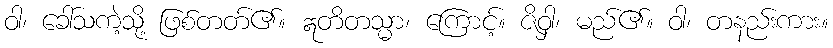
ဝါ၊ ခေါ်သကဲ့သို့ ဖြစ်တတ်၏။ ဣတိတသ္မာ၊ ကြောင့်။ ဇိဝှါ၊ မည်၏။ ဝါ၊ တနည်းကား။